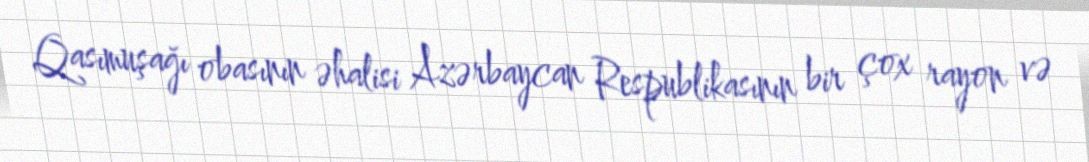
Qasımuşağı obasının əhalisi Azərbaycan Respublikasının bir çox rayon və